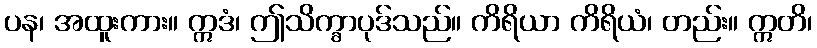
ပန၊ အထူးကား။ ဣဒံ၊ ဤသိက္ခာပုဒ်သည်။ ကိရိယာ ကိရိယံ၊ တည်း။ ဣတိ၊